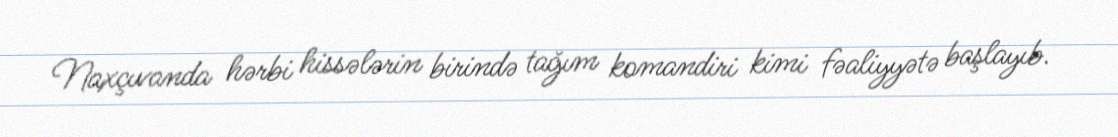
Naxçıvanda hərbi hissələrin birində tağım komandiri kimi fəaliyyətə başlayıb.